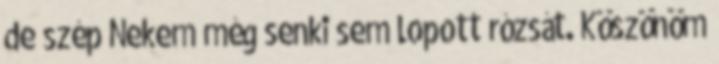
de szép Nekem még senki sem lopott rózsát. Köszönöm